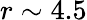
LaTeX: r\sim 4.5